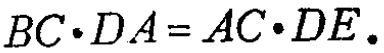
\(BC\cdot DA = AC\cdot DE.\)